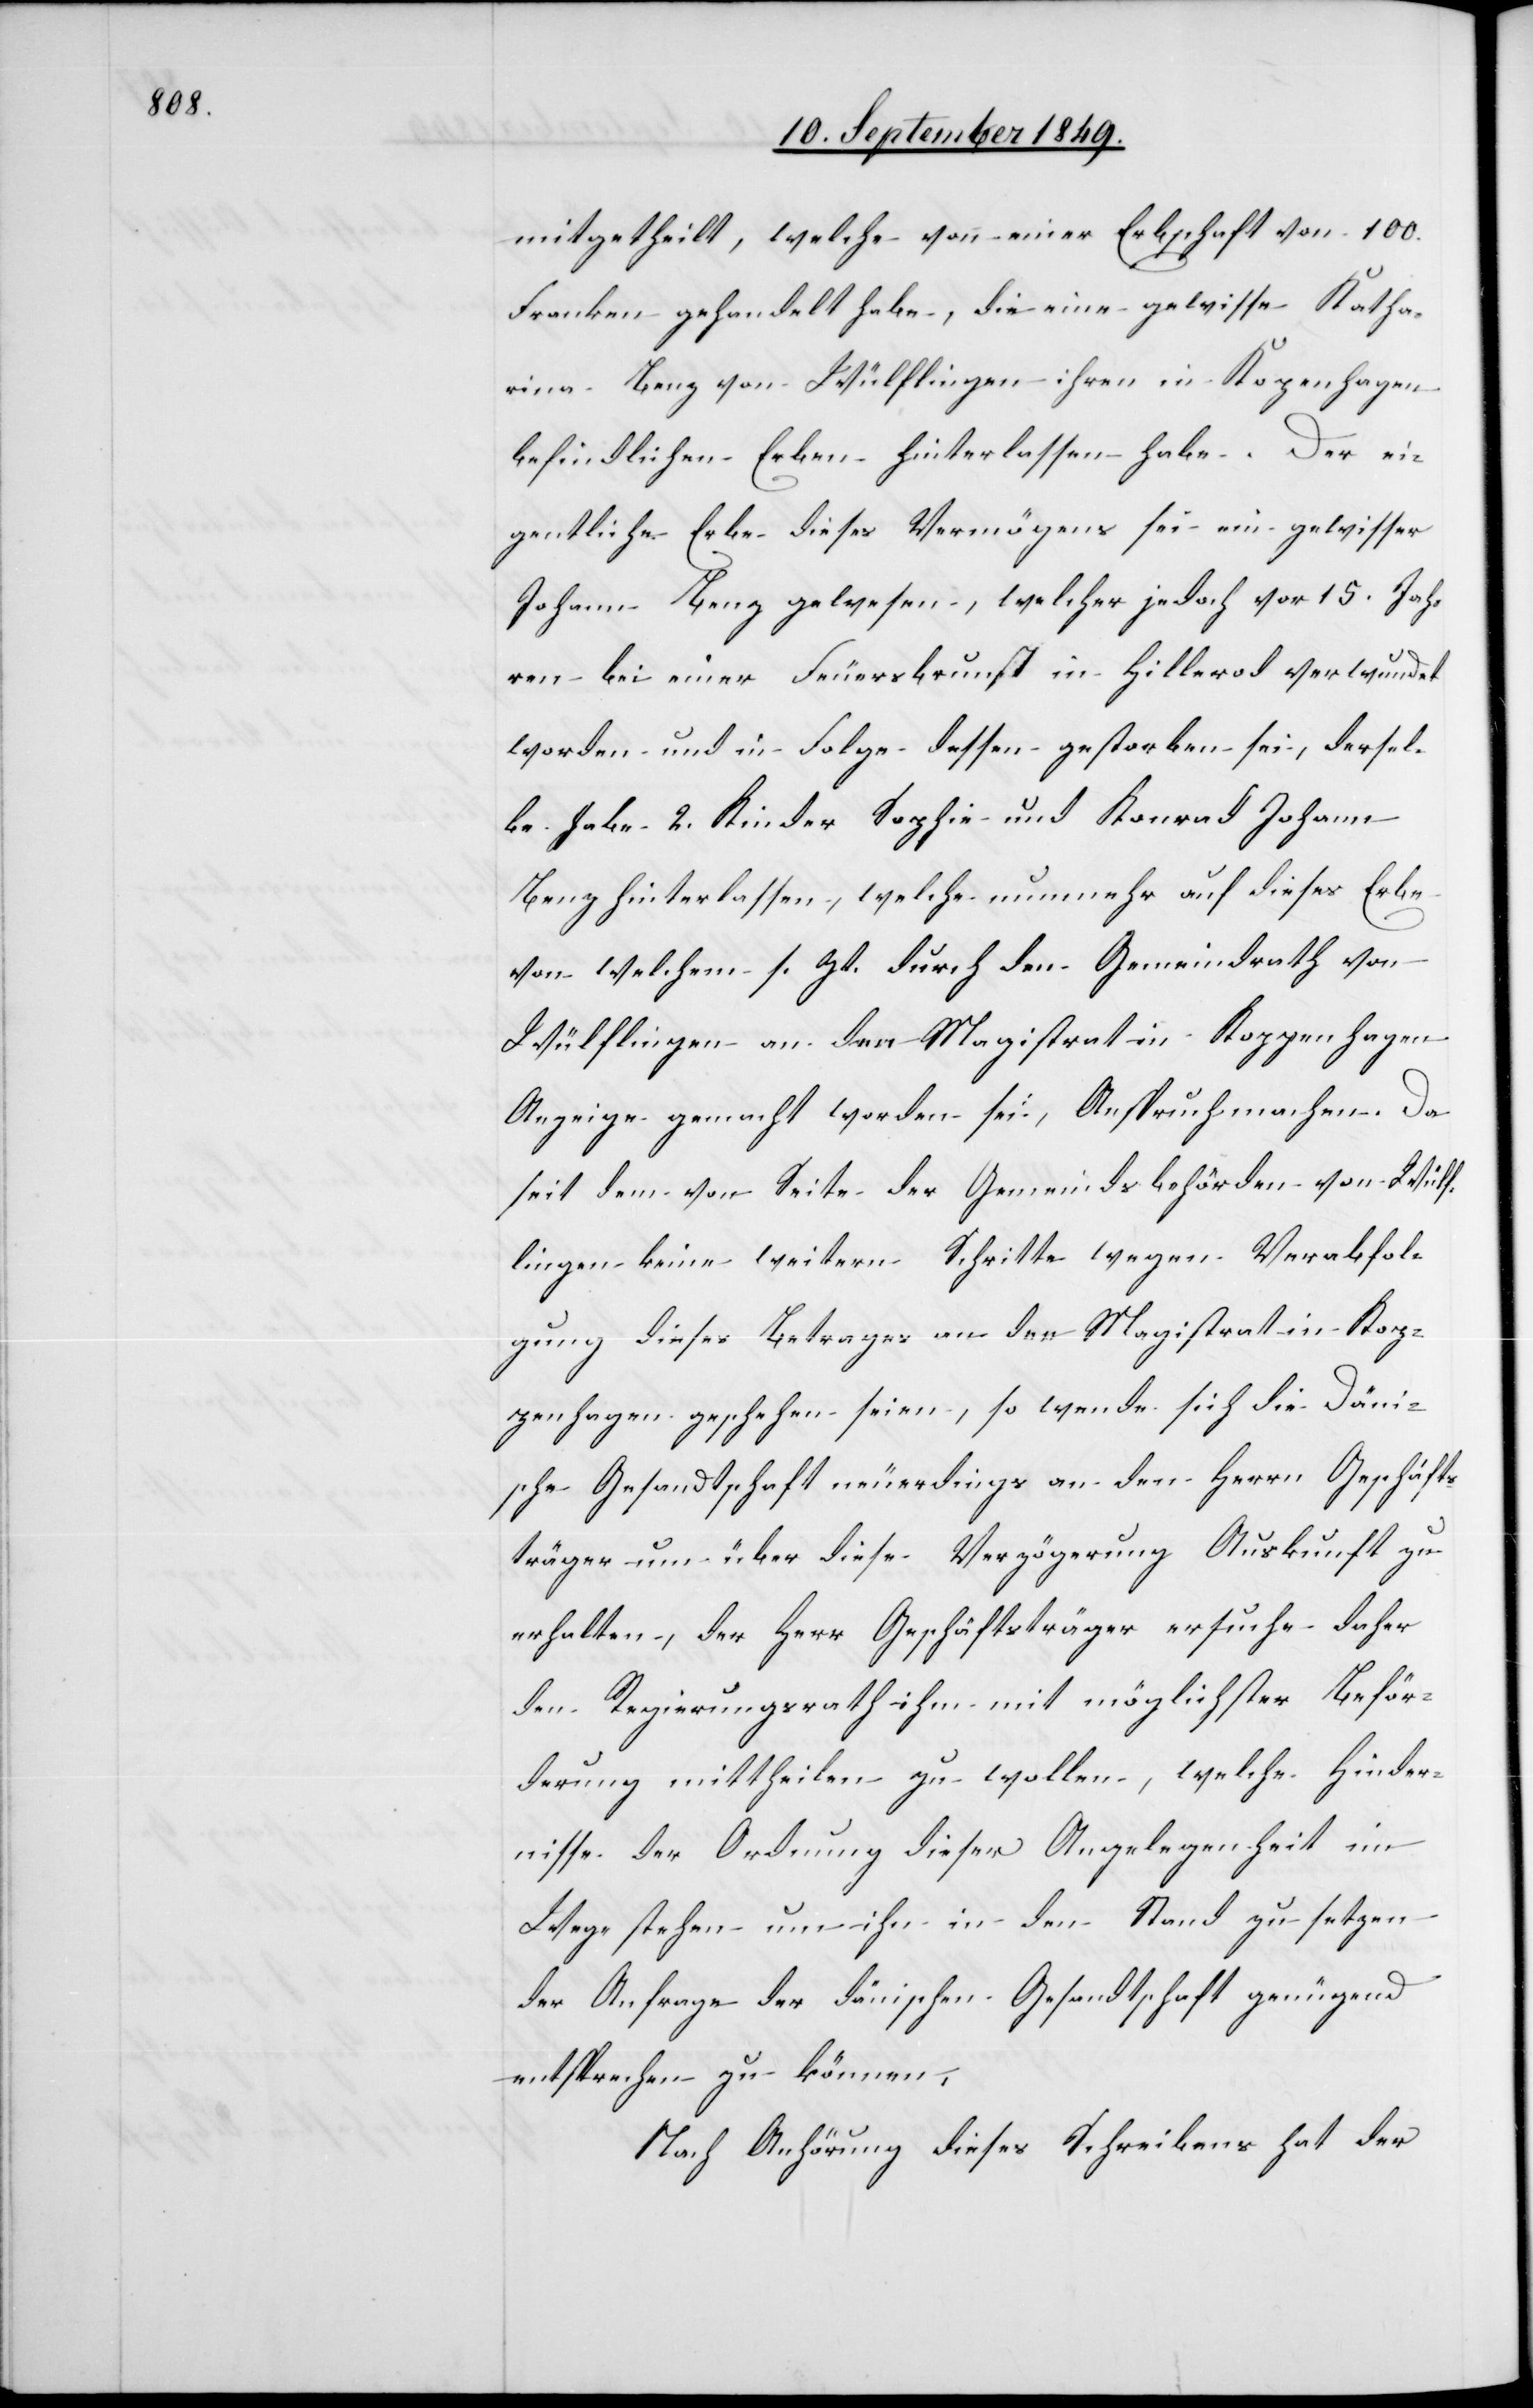
mitgetheilt, welche von einer Erbschaft von 100.
Franken gehandelt habe, die eine gewisse Katha¬
rina Benz von Wülflingen ihren in Kopenhagen
befindlichen Erben hinterlassen habe. Der ei¬
gentliche Erbe dieses Vermögens sei ein gewisser
Johann Benz gewesen, welcher jedoch vor 15. Jah¬
ren bei einer Feuersbrunst in Hillerod verwundet
worden in Folge dessen gestorben sei, dersel¬
be habe 2. Kinder Sophie und Konrad Johann
Benz hinterlassen, welche nunmehr auf dieses Erbe
von welchem s. Zt. durch den Gemeindrath von
Wülflingen an den Magistrat in Koppenhagen
Anzeige gemacht worden sei, Anspruch machen. Da
seit dem von Seite der Gemeindsbehörden von Wülf¬
lingen keine weitern Schritte wegen Verabfol¬
gung dieses Betrages an den Magistrat in Kop¬
penhagen geschehen seien, so wende sich die Däni¬
sche Gesandtschaft neuerdings an den Herrn Geschäfts¬
träger um über dies Verzögerung Auskunft zu
erhalten, der Herr Geschäftsträger ersuche daher
den Regierungsrath ihm mit möglichster Beför¬
derung mittheilen zu wollen, welche Hinder¬
nisse der Ordnung dieser Angelegenheit im
Wege stehen um ihn in den Stand zu setzen
der Anfrage der dänischen Gesandtschaft genügend
entsprechen zu können.
Nach Anhörung dieses Schreibens hat der